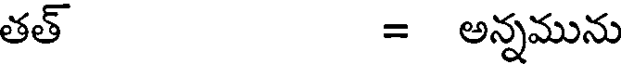
తత్ = అన్నమును